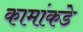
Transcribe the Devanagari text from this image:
कामांकडे